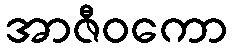
အာဇီဝကော